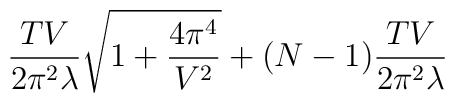
\frac{TV}{2\pi^2\lambda}\sqrt{1+ \frac{4\pi^4}{V^2}}+ (N-1)\frac{TV}{2\pi^2\lambda}